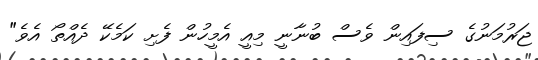
ޖަރުމަނުގެ ސިފައިން ވެސް ބުނާނީ މިއީ އެމީހުން ފެށި ކަމެކޭ ދެއްތޯ އެވެ"